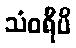
သံဝရီပိ